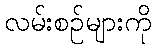
လမ်းစဉ်များကို